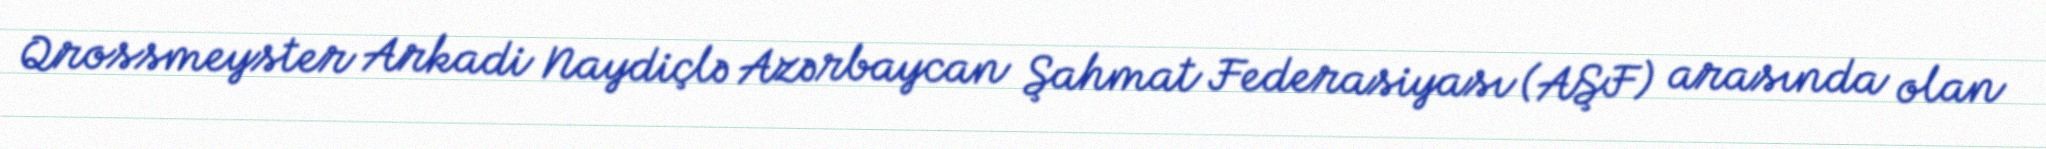
Qrossmeyster Arkadi Naydiçlə Azərbaycan Şahmat Federasiyası (AŞF) arasında olan